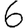
Digit: 6